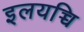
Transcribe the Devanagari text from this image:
इलयच्चि